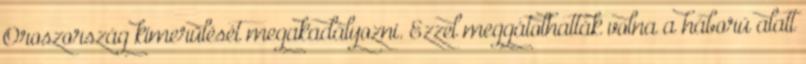
Oroszország kimerülését megakadályozni. Ezzel meggátolhatták volna a háború alatt